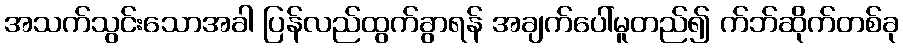
အသက်သွင်းသောအခါ ပြန်လည်ထွက်ခွာရန် အချက်ပေါ်မူတည်၍ က်ဘ်ဆိုက်တစ်ခု